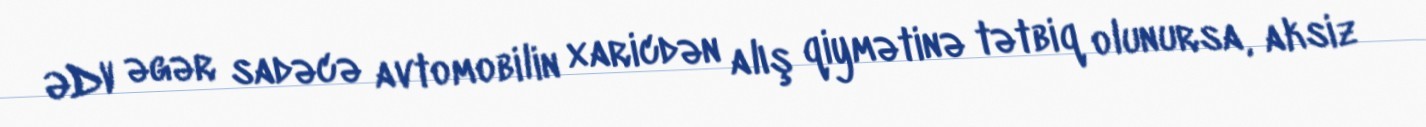
ƏDV əgər sadəcə avtomobilin xaricdən alış qiymətinə tətbiq olunursa, aksiz